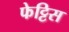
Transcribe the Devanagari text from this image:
फेट्टिस